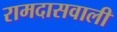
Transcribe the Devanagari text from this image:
रामदासवाली